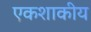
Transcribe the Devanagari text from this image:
एकशाकीय